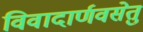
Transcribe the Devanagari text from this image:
विवादार्णवसेतु